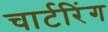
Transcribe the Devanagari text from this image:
चार्टरिंग